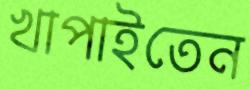
খাপাইতেন